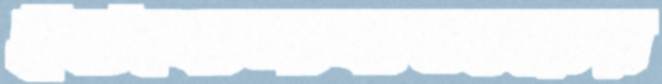
ইটখোলাবাজারের